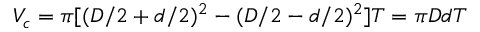
V _ { c } = \pi [ ( D / 2 + d / 2 ) ^ { 2 } - ( D / 2 - d / 2 ) ^ { 2 } ] T = \pi D d T